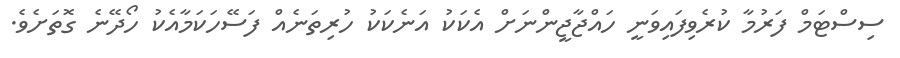
ސިސްޓަމް ފަރުމާ ކުރެވިފައިވަނީ ހައްޖާޖީންނަށް އެކަކު އަނެކަކު ހުރިތަނެއް ފަސޭހަކަމާއެކު ހޯދޭނެ ގޮތަށެވެ.